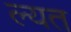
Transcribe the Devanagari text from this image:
ल्यत